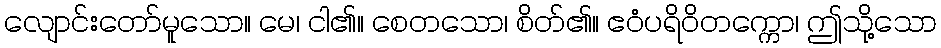
လျောင်းတော်မူသော။ မေ၊ ငါ၏။ စေတသော၊ စိတ်၏။ ဧဝံပရိဝိတက္ကော၊ ဤသို့သော